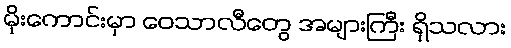
မိုးကောင်းမှာ ဝေသာလီတွေ အများကြီး ရှိသလား